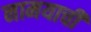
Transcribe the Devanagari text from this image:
नामयाची